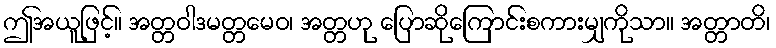
ဤအယူဖြင့်။ အတ္တဝါဒမတ္တမေဝ၊ အတ္တဟု ပြောဆိုကြောင်းစကားမျှကိုသာ။ အတ္တာတိ၊